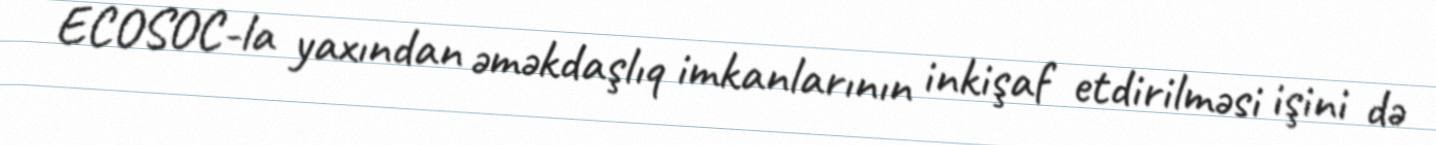
ECOSOC-la yaxından əməkdaşlıq imkanlarının inkişaf etdirilməsi işini də